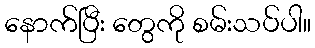
နောက်ပြီး တွေကို စမ်းသပ်ပါ။